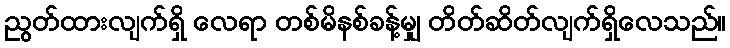
ညွတ်ထားလျက်ရှိ လေရာ တစ်မိနစ်ခန့်မျှ တိတ်ဆိတ်လျက်ရှိလေသည်။